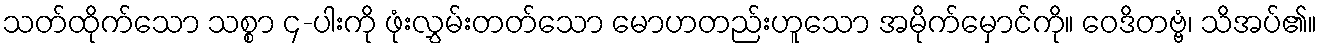
သတ်ထိုက်သော သစ္စာ ၄-ပါးကို ဖုံးလွှမ်းတတ်သော မောဟတည်းဟူသော အမိုက်မှောင်ကို။ ဝေဒိတဗ္ဗံ၊ သိအပ်၏။